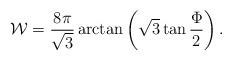
LaTeX: \begin{align*}{\mathcal W}=\frac{8\pi}{\sqrt3}\arctan\left(\sqrt 3\tan\frac\Phi2\right).\end{align*}